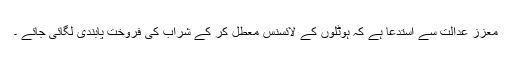
معزز عدالت سے استدعا ہے کہ ہوٹلوں کے لائسنس معطل کر کے شراب کی فروخت پابندی لگائی جائے ۔